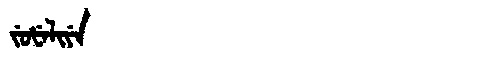
Manchu: ᠵᡠᡶᡝᠯᡳᠶᡝ
Romanization: JUFELIYE